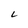
Character: L